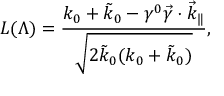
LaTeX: L ( \Lambda ) = \frac { k _ { 0 } + \tilde { k } _ { 0 } - \gamma ^ { 0 } \vec { \gamma } \cdot \vec { k } _ { \| } } { \sqrt { 2 \tilde { k } _ { 0 } ( k _ { 0 } + \tilde { k } _ { 0 } ) } } ,